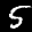
Label: 5